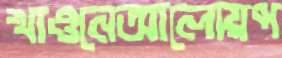
খাওনেআলোয়প